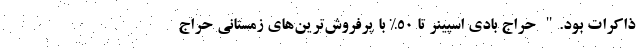
ذاکرات بود." حراج بادی اسپینر تا 50% با پرفروش‌ترین‌های زمستانی حراج